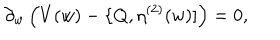
\partial _ { w } \, \Big ( V ( w ) - \{ Q , \eta ^ { ( 2 ) } ( w ) ] \Big ) = 0 ,